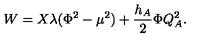
W = X \lambda ( \Phi ^ { 2 } - \mu ^ { 2 } ) + { \frac { h _ { A } } { 2 } } \Phi Q _ { A } ^ { 2 } .